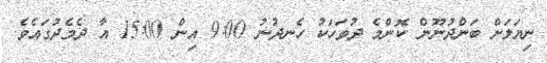
ނިޔަލަށް ބަންދުނޫން ކޮންމެ ދުވަހަކު ހެނދުނު 9:00 އިން 15:00 އާ ދެމެދުގައެވެ.